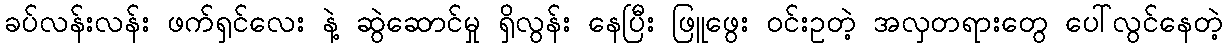
ခပ်လန်းလန်း ဖက်ရှင်လေး နဲ့ ဆွဲဆောင်မှု ရှိလွန်း နေပြီး ဖြူဖွေး ဝင်းဥတဲ့ အလှတရားတွေ ပေါ်လွင်နေတဲ့